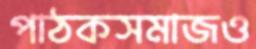
পাঠকসমাজও